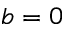
b = 0